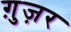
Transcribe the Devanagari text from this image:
ग़ुज़र